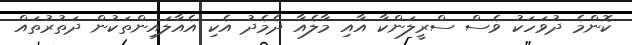
ކޮންމެ ދުވަހަކު ވެސް ސްރީލަންކާ އާއި މާލެއާ ދެމެދު އެކި އެއާލައިންތަކުން ދަތުރުތައް